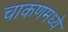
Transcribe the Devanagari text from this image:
चाकणमध्ये